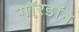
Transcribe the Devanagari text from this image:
गॉरडॉन